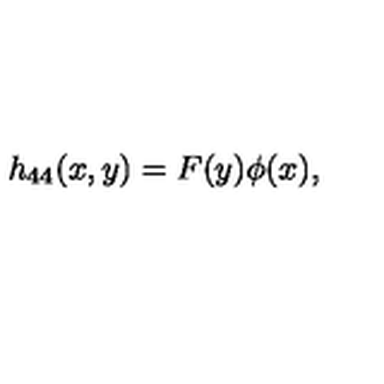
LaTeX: h _ { 4 4 } ( x , y ) = F ( y ) \phi ( x ) ,